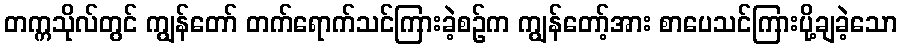
တက္ကသိုလ်တွင် ကျွန်တော် တက်ရောက်သင်ကြားခဲ့စဉ်က ကျွန်တော့်အား စာပေသင်ကြားပို့ချခဲ့သော